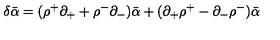
\delta \bar { \alpha } = ( \rho ^ { + } \partial _ { + } + \rho ^ { - } \partial _ { - } ) \bar { \alpha } + ( \partial _ { + } \rho ^ { + } - \partial _ { - } \rho ^ { - } ) \bar { \alpha }